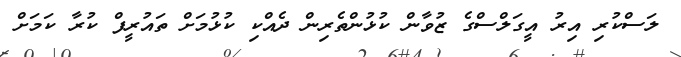
ލަސްކުރި އިރު އީގަލްސްގެ ޒުވާން ކުޅުންތެރިން ދެއްކި ކުޅުމަށް ތައުރީފް ކުރާ ކަމަށް